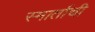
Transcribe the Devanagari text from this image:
स्मार्ताची